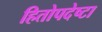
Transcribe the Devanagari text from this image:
हितोपदेष्टा